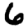
Digit: 6